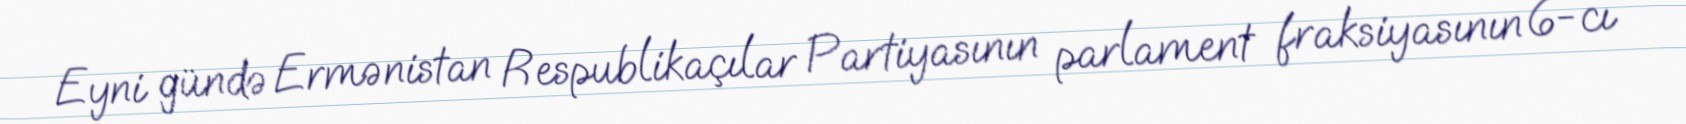
Eyni gündə Ermənistan Respublikaçılar Partiyasının parlament fraksiyasının 6-cı